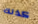
كذلك